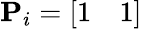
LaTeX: \textbf{P}_{i}=\left[\begin{array}{ll}{1}&{1}\end{array}\right]